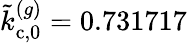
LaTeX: \tilde{k}_{\mathrm{c},0}^{(g)}=0.731717